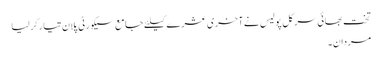
تخت بھائی سرکل پولیس نے آخری عشرے کیلئے جامع سیکورٹی پلان تیار کرلیا
مردان۔